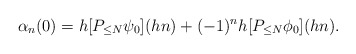
\begin{align*}\alpha_n (0) = h [P_{\leq N} \psi_0] (hn) + (-1)^n h [P_{\leq N} \phi_0] (hn).\end{align*}